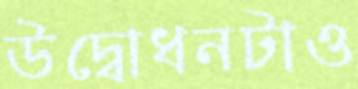
উদ্বোধনটাও